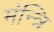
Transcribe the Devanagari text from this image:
मंन्त्रि